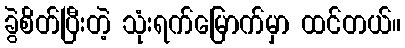
ခွဲစိတ်ပြီးတဲ့ သုံးရက်မြောက်မှာ ထင်တယ်။